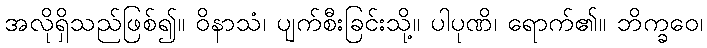
အလိုရှိသည်ဖြစ်၍။ ဝိနာသံ၊ ပျက်စီးခြင်းသို့။ ပါပုဏိ၊ ရောက်၏။ ဘိက္ခဝေ၊